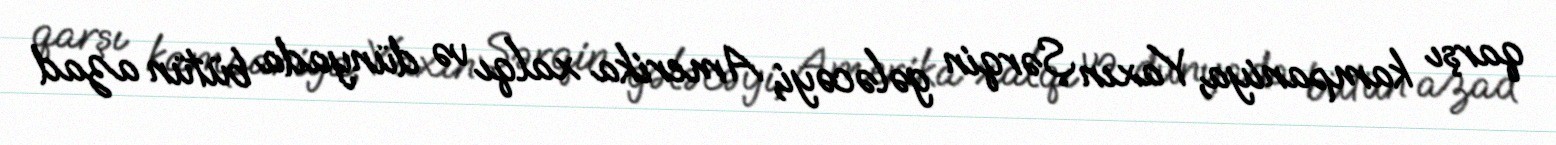
qarşı kampaniya, Yaxın Şərqin gələcəyi, Amerika xalqı və dünyada bütün azad